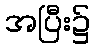
အပြီး၌